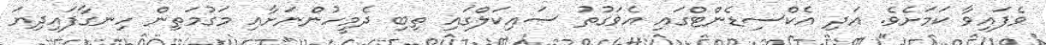
ވެފައިވާ ކަމަށެވެ. އަދި އެކްސިޑެންޓްގައި އެވަގުތު ސައިކަލްގައި ތިބި ދެމީހުންނަށާއި މަގުމަތިން ހިނގާފައިދިޔަ